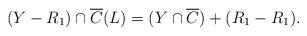
LaTeX: \begin{align*} ( Y - R_1 ) \cap \overline{C}(L) = (Y\cap\overline{C}) + ( R_1 - R_1 ) .\end{align*}